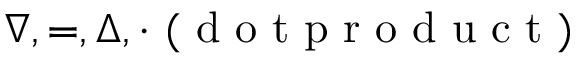
\nabla , = , \Delta , \cdot \mathrm { ~ ( ~ d ~ o ~ t ~ p ~ r ~ o ~ d ~ u ~ c ~ t ~ ) ~ }